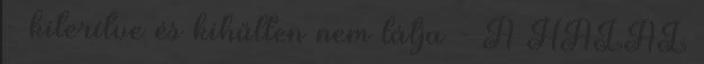
- kiterítve és kihűlten nem látja - A HALÁL